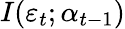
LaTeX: I(\varepsilon_{t};\alpha_{t-1})